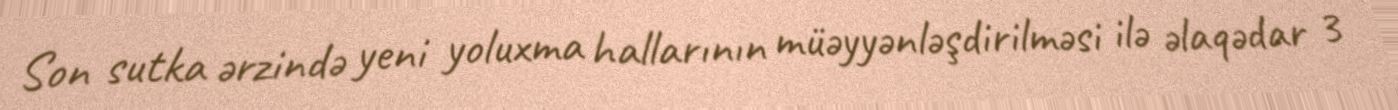
Son sutka ərzində yeni yoluxma hallarının müəyyənləşdirilməsi ilə əlaqədar 3